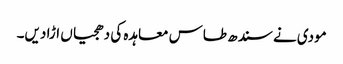
مودی نے سندھ طاس معاہدہ کی دھجیاں اڑا دیں۔